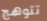
تتوهج